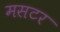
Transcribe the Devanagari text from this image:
मसटर